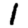
Digit: 1